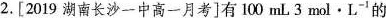
2.[2019湖南长沙一中高一月考]有100mL3mol·L^{-1} 的